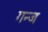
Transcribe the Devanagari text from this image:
गन्ज